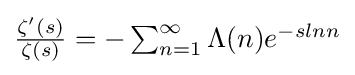
{\textstyle {\frac {\zeta '(s)}{\zeta (s)}}=-\sum _{n=1}^{\infty }\Lambda (n)e^{-slnn}}